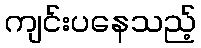
ကျင်းပနေသည့်